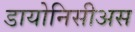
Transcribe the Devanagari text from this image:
डायोनिसीअस